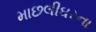
માછલીઘરના